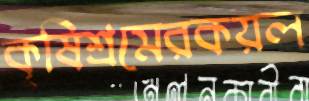
কৃষিশ্রমেরকয়ল